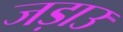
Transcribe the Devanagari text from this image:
जड़ाउ